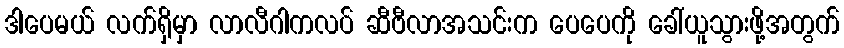
ဒါပေမယ် လက်ရှိမှာ လာလီဂါကလပ် ဆီဗီလာအသင်းက ပေပေကို ခေါ်ယူသွားဖို့အတွက်